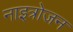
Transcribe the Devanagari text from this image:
नाइत्रोजन